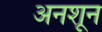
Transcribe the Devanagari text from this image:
अनशून